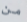
من